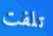
تلفت